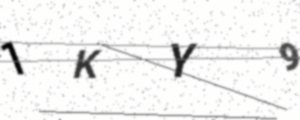
Text: 1KY9